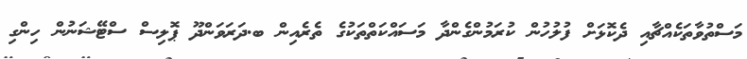
މަސްތުވާތަކެއްޗާއި ދެކޮޅަށް ފުލުހުން ކުރަމުންގެންދާ މަސައްކަތްތަކުގެ ތެރެއިން ބ.ދަރަވަންދޫ ޕޮލިސް ސްޓޭޝަނުން ހިންގި